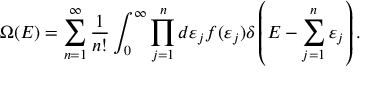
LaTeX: \Omega ( E ) = \sum _ { n = 1 } ^ { \infty } { \frac { 1 } { n ! } } \int _ { 0 } ^ { \infty } \prod _ { j = 1 } ^ { n } d \varepsilon _ { j } f ( \varepsilon _ { j } ) \delta \left( E - \sum _ { j = 1 } ^ { n } \varepsilon _ { j } \right) .